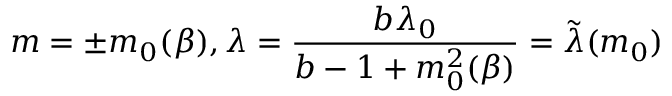
m = \pm m _ { 0 } ( \beta ) , \lambda = \frac { b \lambda _ { 0 } } { b - 1 + m _ { 0 } ^ { 2 } ( \beta ) } = \tilde { \lambda } ( m _ { 0 } )